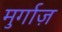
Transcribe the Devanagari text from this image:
मुर्गाज़